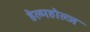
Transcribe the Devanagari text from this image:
हेल्महोल्ज